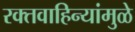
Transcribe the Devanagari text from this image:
रक्तवाहिन्यांमुळे